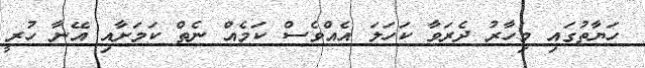
ހަޔާތުގައި މިހާރު ދެރަވާ ކަހަލަ އެއްވެސް ކަމެއް ނެތް ކަމަށާއި އޭނާ ހުރީ